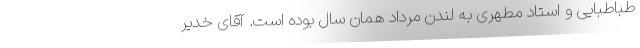
طباطبایی و استاد مطهری به لندن مرداد همان سال بوده است. آقای خدیر